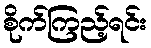
စိုက်ကြည့်ရင်း